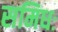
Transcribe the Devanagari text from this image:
समिधः